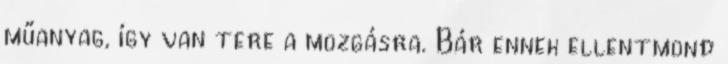
műanyag, így van tere a mozgásra. Bár ennek ellentmond